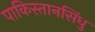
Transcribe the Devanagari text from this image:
पाकिस्तानसिंधु